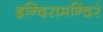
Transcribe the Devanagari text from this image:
इन्दिरामन्दिरं